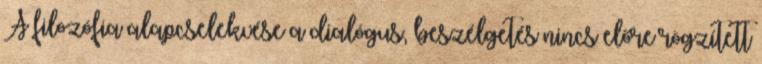
A filozófia alapcselekvése a dialógus, beszélgetés nincs előre rögzített